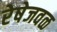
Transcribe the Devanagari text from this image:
रेषेजवळ